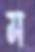
ম